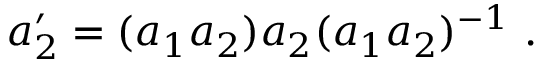
a _ { 2 } ^ { \prime } = ( a _ { 1 } a _ { 2 } ) a _ { 2 } ( a _ { 1 } a _ { 2 } ) ^ { - 1 } ~ .